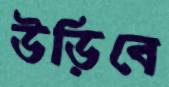
উড়িবে